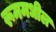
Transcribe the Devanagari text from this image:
रूममधील